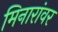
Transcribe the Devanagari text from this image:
मिनारांवर